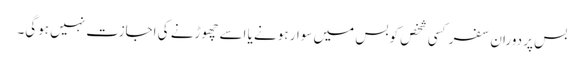
بس پر دوران سفر کسی شخص کو بس میں سوار ہونے یا اسے چھوڑنے کی اجازت نہیں ہوگی۔